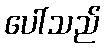
ပေါ်သည်